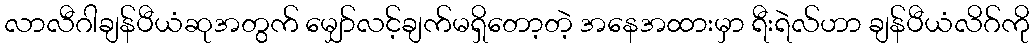
လာလီဂါချန်ပီယံဆုအတွက် မျှော်လင့်ချက်မရှိတော့တဲ့ အနေအထားမှာ ရီးရဲလ်ဟာ ချန်ပီယံလိဂ်ကို